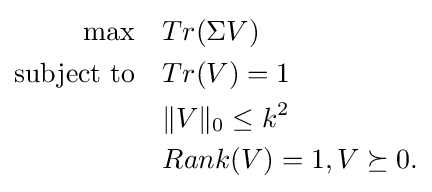
{\begin{aligned}\max \quad &Tr(\Sigma V)\\{\text{subject to}}\quad &Tr(V)=1\\&\Vert V\Vert _{0}\leq k^{2}\\&Rank(V)=1,V\succeq 0.\end{aligned}}